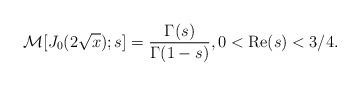
LaTeX: \begin{align*}\mathcal{M}[J_{0}(2\sqrt{x}); s] = \frac{\Gamma(s)}{\Gamma(1-s)}, 0 < {\rm Re}(s) < 3/4.\end{align*}